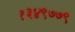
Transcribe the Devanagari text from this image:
१३४९७७९